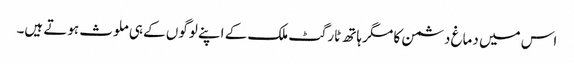
اس میں دماغ دشمن کا مگر ہاتھ ٹارگٹ ملک کے اپنے لوگوں کے ہی ملوث ہوتے ہیں۔